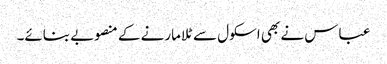
عباس نے بھی اسکول سے ٹلا مارنے کے منصوبے بنائے۔